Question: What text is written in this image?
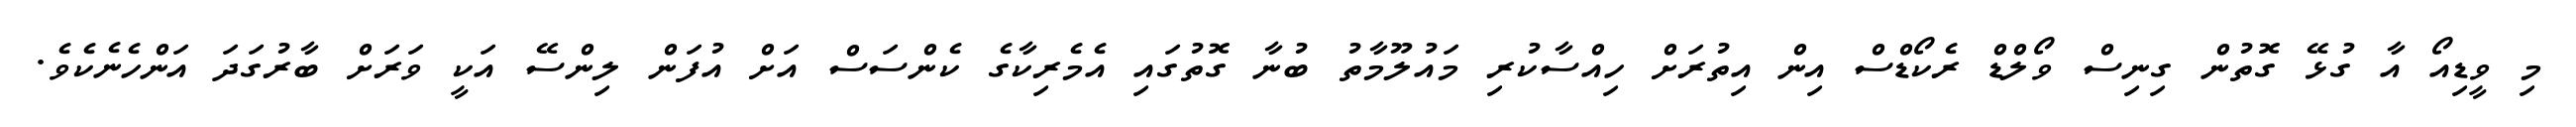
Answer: މި ވީޑިއޯ އާ ގުޅޭ ގޮތުން ގިނިސް ވޯލްޑް ރެކޯޑްސް އިން އިތުރަށް ހިއްސާކުރި މައުލޫމާތު ބުނާ ގޮތުގައި އެމެރިކާގެ ކެންސަސް އަށް އުފަން ލިންސޭ އަކީ ވަރަށް ބާރުގަދަ އަންހެނެކެވެ.